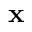
\mathbf { x }